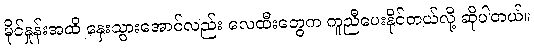
မိုင်နှုန်းအထိ နှေးသွားအောင်လည်း လေထီးတွေက ကူညီပေးနိုင်တယ်လို့ ဆိုပါတယ်။